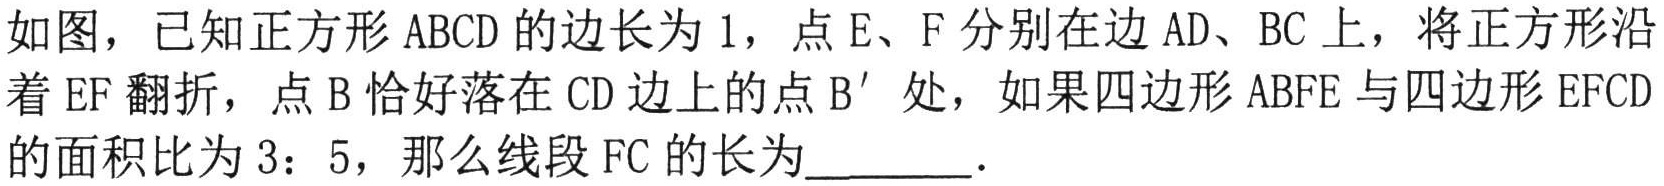
如图，已知正方形 \(ABCD\) 的边长为 \(1\)，点 \(E\)、\(F\) 分别在边 \(AD\)、\(BC\) 上，将正方形沿
着 \(EF\) 翻折，点 \(B\) 恰好落在 \(CD\) 边上的点 \(B'\) 处，如果四边形 \(ABFE\) 与四边形 \(EFCD\)
的面积比为 \(3:5\)，那么线段 \(FC\) 的长为  ．